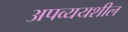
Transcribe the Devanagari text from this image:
अपव्ययशील